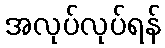
အလုပ်လုပ်ရန်